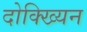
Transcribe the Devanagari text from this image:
दोक्ख्यिन